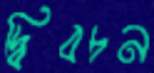
দ্বিবচন